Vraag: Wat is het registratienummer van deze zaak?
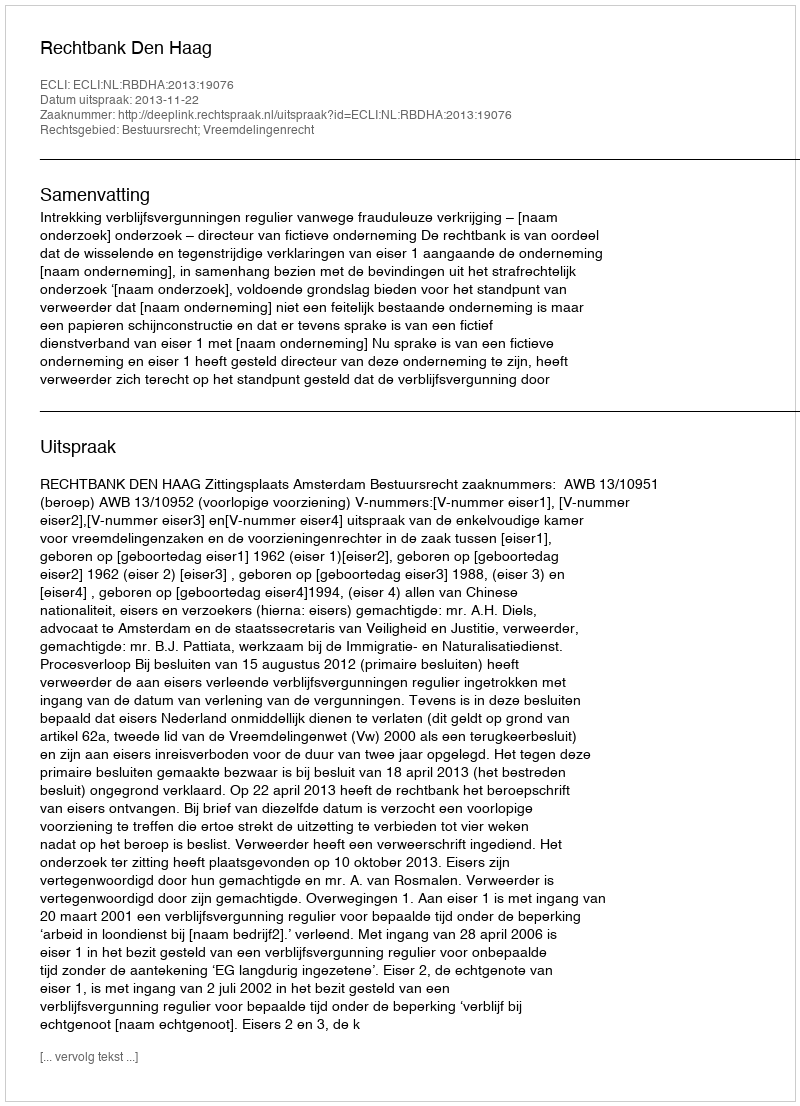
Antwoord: http://deeplink.rechtspraak.nl/uitspraak?id=ECLI:NL:RBDHA:2013:19076